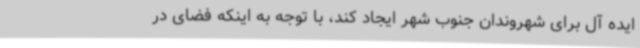
ایده آل برای شهروندان جنوب شهر ایجاد کند، با توجه به اینکه فضای در